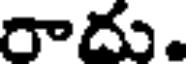
రాదు.